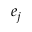
e _ { j }